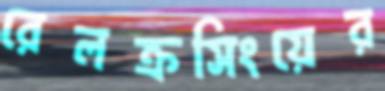
রেলক্রসিংয়ের